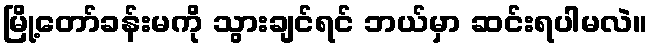
မြို့တော်ခန်းမကို သွားချင်ရင် ဘယ်မှာ ဆင်းရပါမလဲ။